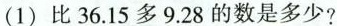
(1) 比 36.15 多 9.28 的数是多少?